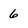
Character: 6